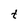
Character: t